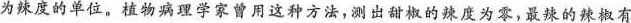
为辣度的单位。植物病理学家曾用这种方法，测出甜椒的辣度为零，最辣的辣椒有